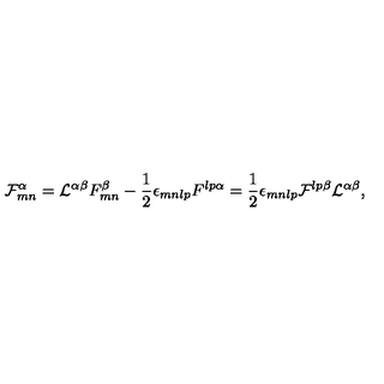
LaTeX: { \cal F } _ { m n } ^ { \alpha } = { \cal L } ^ { \alpha \beta } F _ { m n } ^ { \beta } - { \frac { 1 } { 2 } } \epsilon _ { m n l p } F ^ { l p \alpha } = { \frac { 1 } { 2 } } \epsilon _ { m n l p } { \cal F } ^ { l p \beta } { \cal L } ^ { \alpha \beta } ,